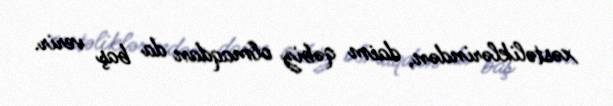
xəstəliklərindən, daim qəbiz olmaqdan da baş verir.